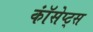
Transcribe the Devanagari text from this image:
कॉंसेप्ट्स